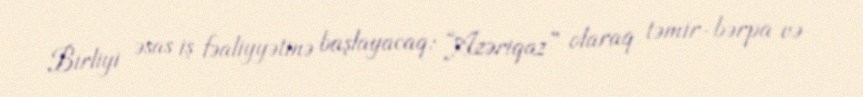
Birliyi əsas iş fəaliyyətinə başlayacaq: “Azəriqaz” olaraq təmir-bərpa və